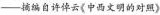
——摘编自许倬云《中西文明的对照》